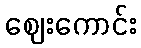
ဈေးကောင်း